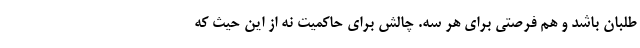
طلبان باشد و هم فرصتی برای هر سه. چالش برای حاکمیت نه از این حیث که